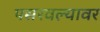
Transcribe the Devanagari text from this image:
पसरवल्यावर